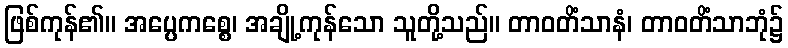
ဖြစ်ကုန်၏။ အပ္ပေကစ္စေ၊ အချို့ကုန်သော သူတို့သည်။ တာဝတိံသာနံ၊ တာဝတိံသာဘုံ၌